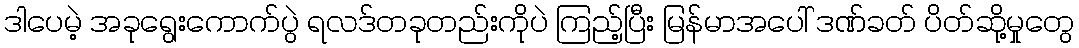
ဒါပေမဲ့ အခုရွေးကောက်ပွဲ ရလဒ်တခုတည်းကိုပဲ ကြည့်ပြီး မြန်မာအပေါ် ဒဏ်ခတ် ပိတ်ဆို့မှုတွေ